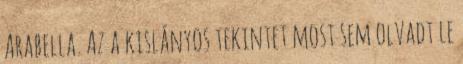
Arabella. Az a kislányos tekintet most sem olvadt le